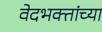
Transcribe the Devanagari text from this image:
वेदभक्तांच्या